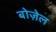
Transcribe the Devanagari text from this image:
बोज़ेल